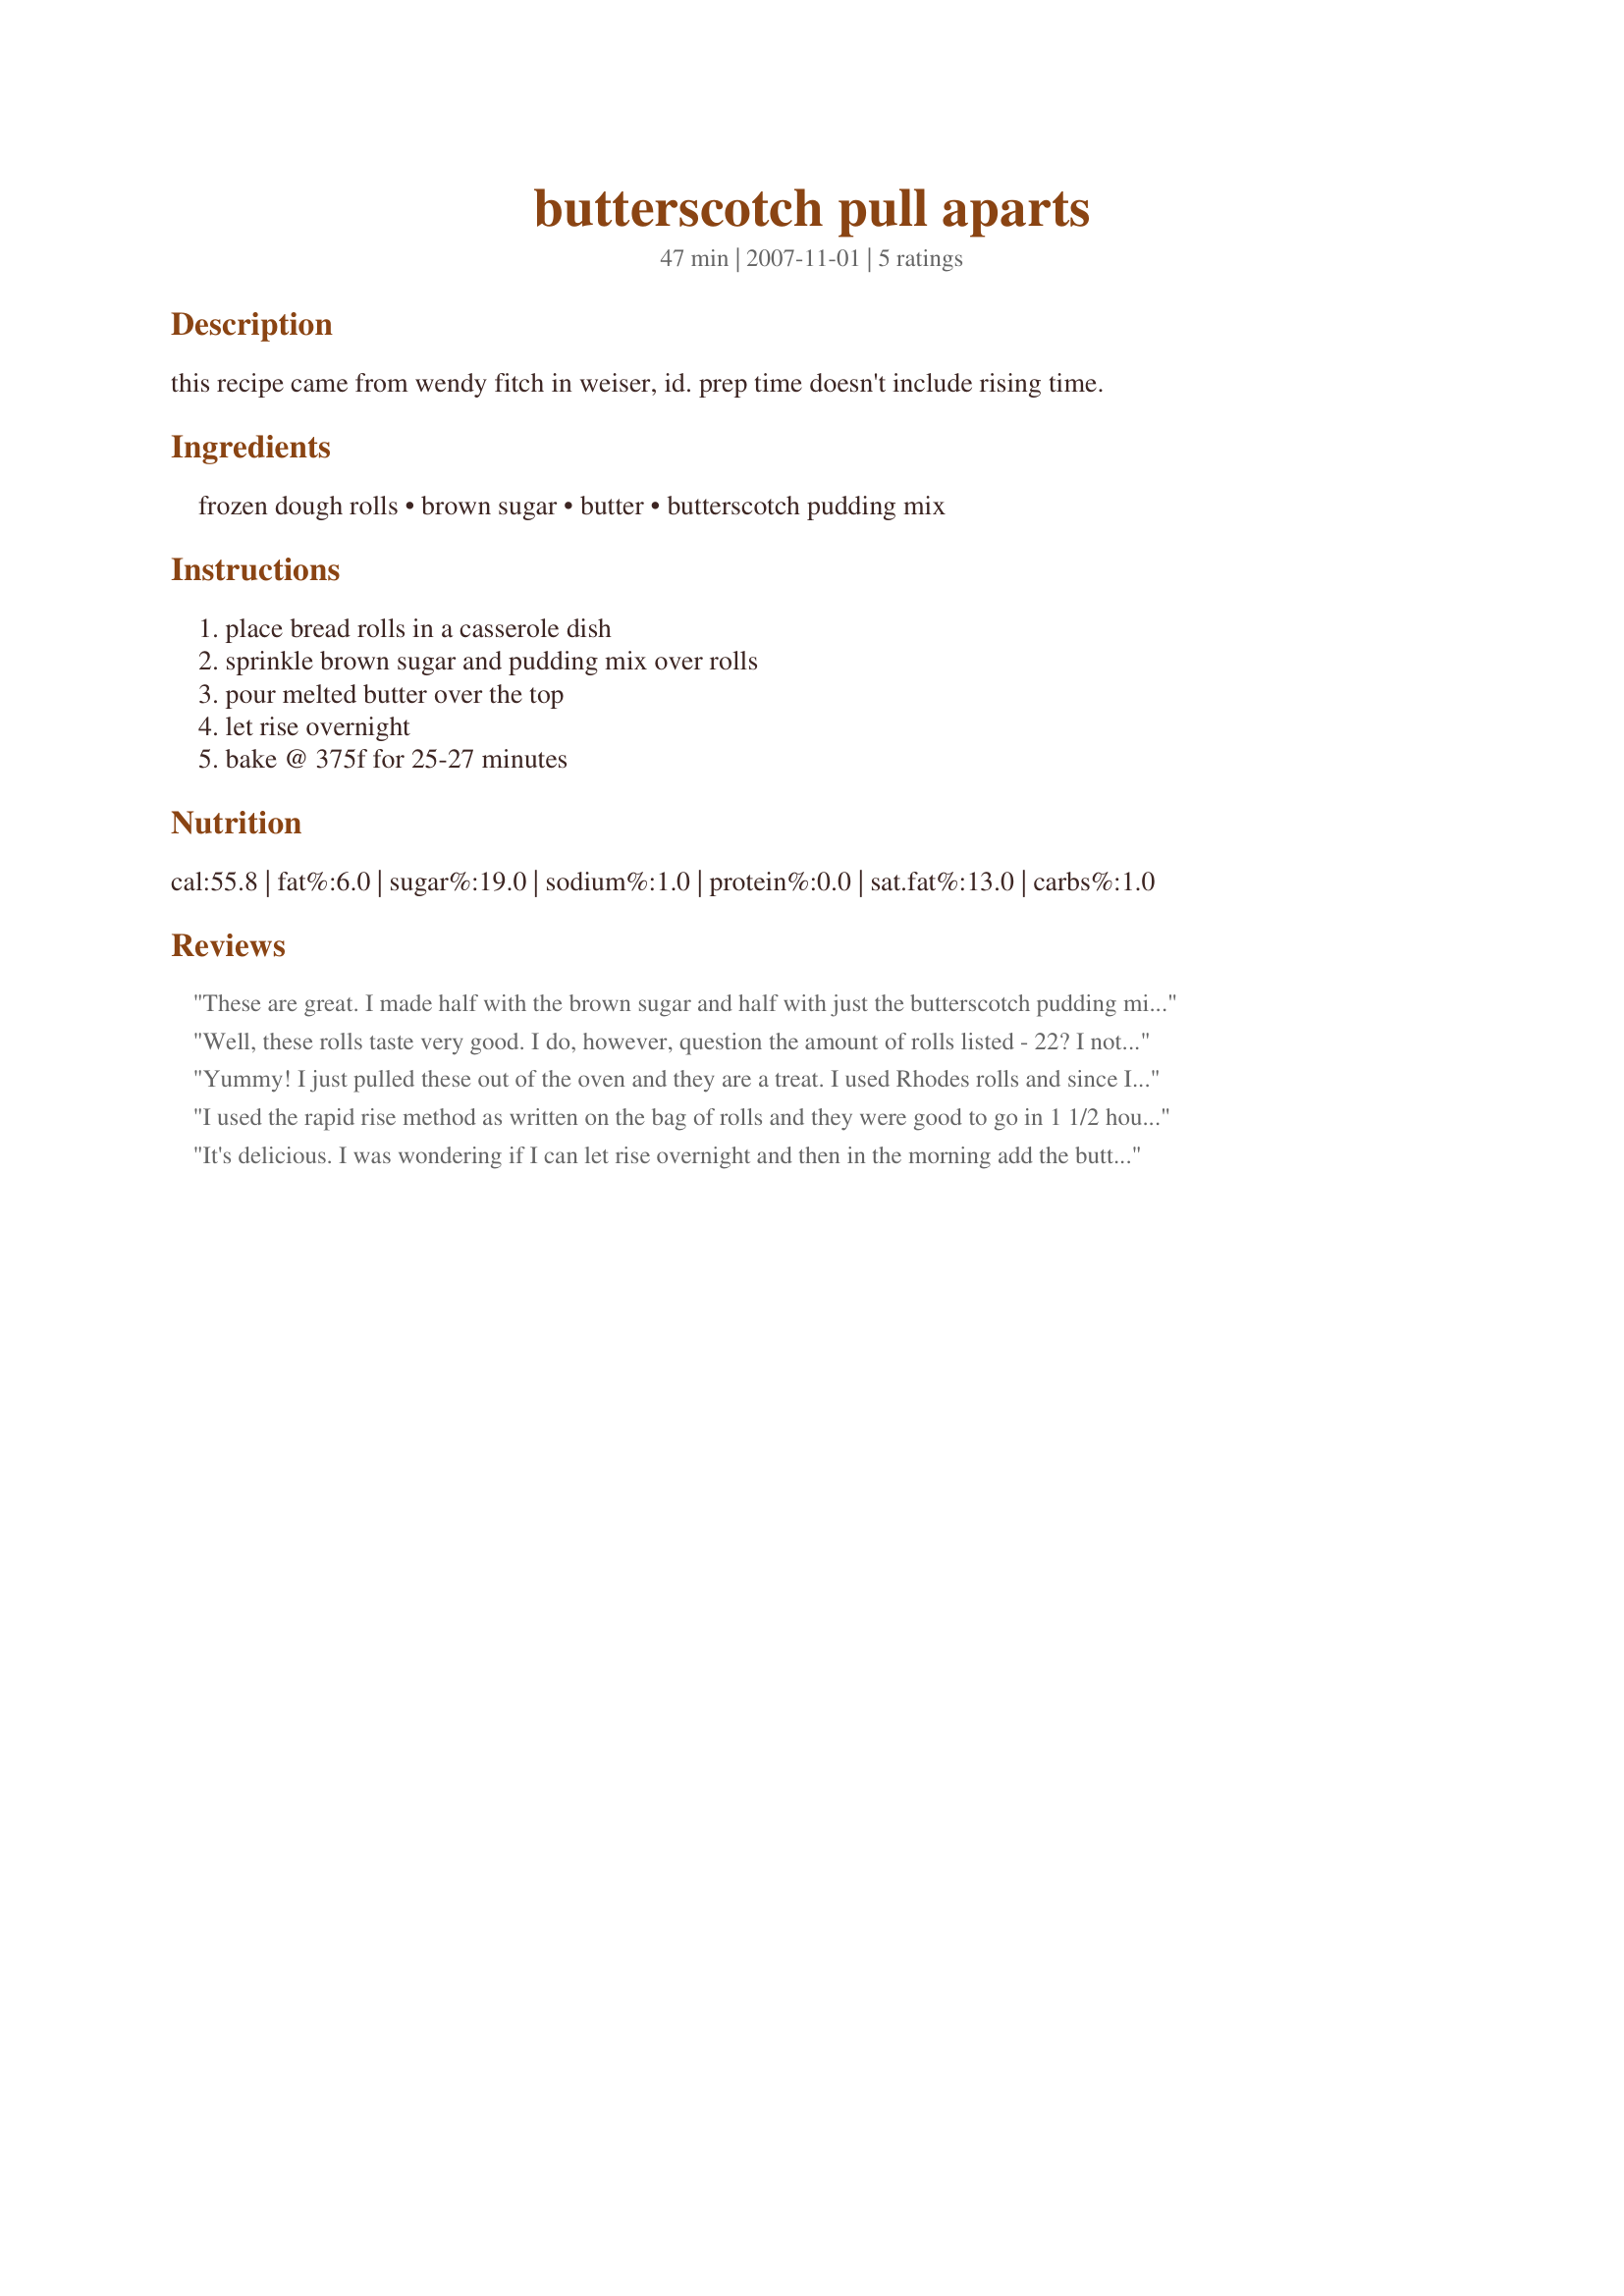
butterscotch pull aparts
Preparation time: 47 minutes

this recipe came from wendy fitch in weiser, id. prep time doesn't include rising time.

Ingredients:
frozen dough rolls, brown sugar, butter, butterscotch pudding mix

Steps:
place bread rolls in a casserole dish, sprinkle brown sugar and pudding mix over rolls, pour melted butter over the top, let rise overnight, bake @ 375f for 25-27 minutes

Reviews:
These are great. I made half with the brown sugar and half with just the butterscotch pudding mix and the ones without the sugar added were more popular. Either way they all disappeared.
Well, these rolls taste very good. I do, however, question the amount of rolls listed - 22? I notice from the pictures that the other reviewers didn't seem to use 22 rolls. It's more like 10 or 12? I used Rhodes rolls also as that's all my grocery store had. Twenty-two would never fit in a "casserole" dish. I used an 8x8 and I got about 12 in it. I think that was even too many. Next time I will use a 9x13 baking dish since they do expand quite a bit. There was plenty of delicious topping, though, I'd say. It all sunk down into the rolls. Thanks for sharing! Made for Gimme 5 tag.
Yummy! I just pulled these out of the oven and they are a treat. I used Rhodes rolls and since I had forgotten to let them rise overnight, I used the rapid rise (quick) method on the bag. I made a 9 roll batch but had wanted to add more topping as another reviewer mentioned. I accidentally had the full recipe up and used the full amounts which is why they appear less risen...they were fine until I over-topped them. Taste great! Other than my faux-pas, I made as directed - baked at 375 for 25 minutes. Perfect! Will make again - thanks for posting Lynn!! **Made for AussieTag 2008**
I used the rapid rise method as written on the bag of rolls and they were good to go in 1 1/2 hours. I wouldn't call them sticky buns but they sure were sweet. Had these as a breakfast treat with fresh fruit. Made for PRMR.
It's delicious. I was wondering if I can let rise overnight and then in the morning add the butterscotch pudding, brown sugar and butter. Cause the top were dry. I would have like them a bit more sticky. The taste is really good. Thanks Lavender Lynn :) Made for Holiday tag.
